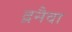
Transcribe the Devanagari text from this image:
द्रनैवा